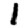
Digit: 1